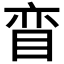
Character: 𰥠